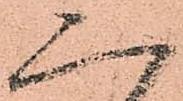
二